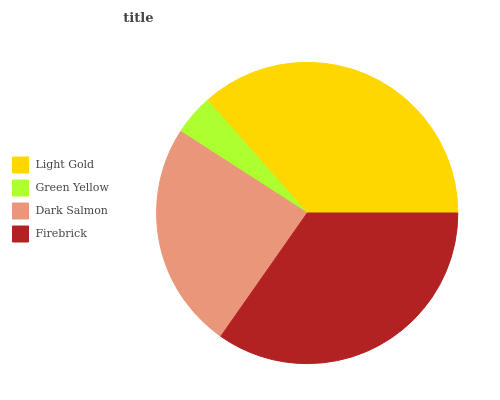
| Light Gold | Green Yellow | Dark Salmon | Firebrick |
 | --- | --- | --- | --- |
 | 36.6% | 4.36% | 24.3% | 34.7% |